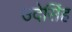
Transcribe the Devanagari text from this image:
उदेसिंह